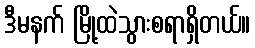
ဒီမနက် မြို့ထဲသွားစရာရှိတယ်။